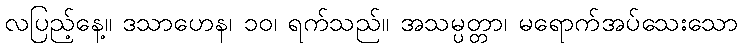
လပြည့်နေ့။ ဒသာဟေန၊ ၁၀၊ ရက်သည်။ အသမ္ပတ္တာ၊ မရောက်အပ်သေးသော